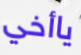
ياأخي